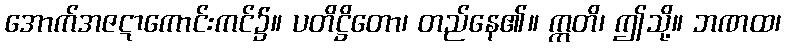
အောက်အဇဋာကောင်းကင်၌။ ပတိဋ္ဌိတော၊ တည်နေ၏။ ဣတိ၊ ဤသို့။ ဘဏထ၊